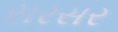
સરસર